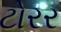
ટોરર